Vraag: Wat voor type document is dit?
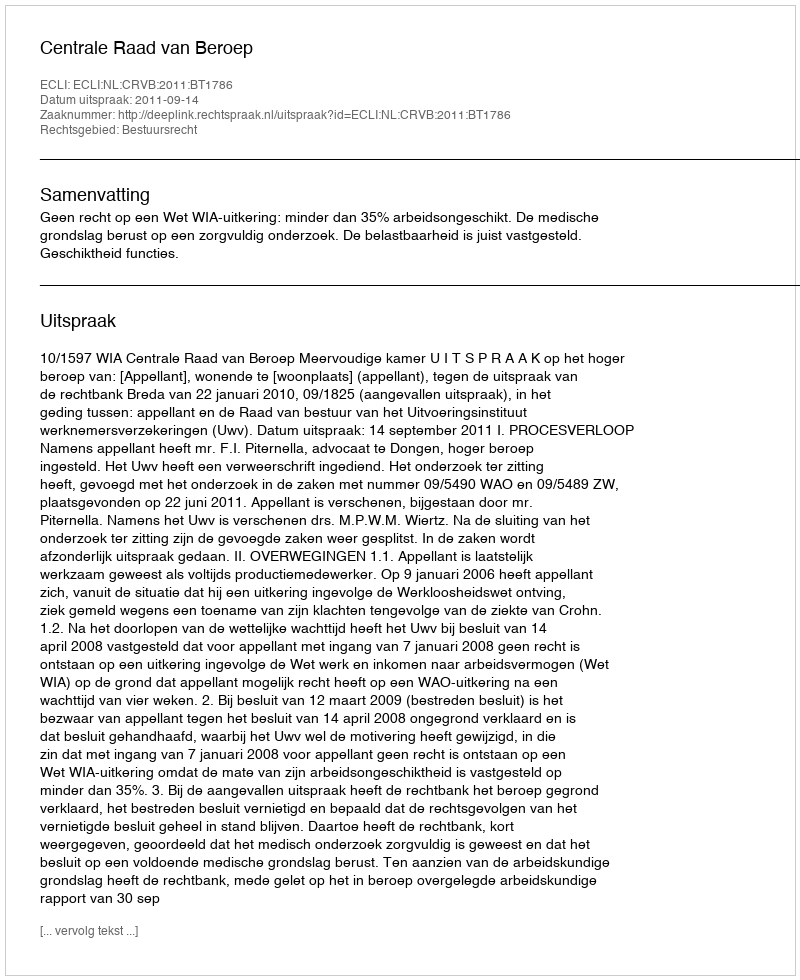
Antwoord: Uitspraak